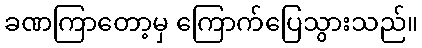
ခဏကြာတော့မှ ကြောက်ပြေသွားသည်။